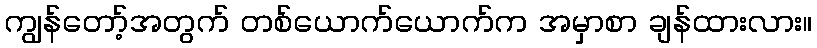
ကျွန်တော့်အတွက် တစ်ယောက်ယောက်က အမှာစာ ချန်ထားလား။